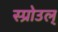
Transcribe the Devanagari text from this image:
स्प्रोउल्